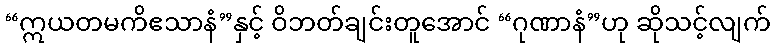
“ဣယတမကိဧသာနံ”နှင့် ဝိဘတ်ချင်းတူအောင် “ဂုဏာနံ”ဟု ဆိုသင့်လျက်